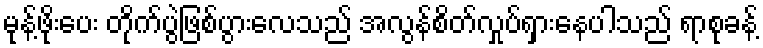
မုန့်ဖိုးပေး တိုက်ပွဲဖြစ်ပွားလေသည် အလွန်စိတ်လှုပ်ရှားနေပါသည် ရာစုခန့်